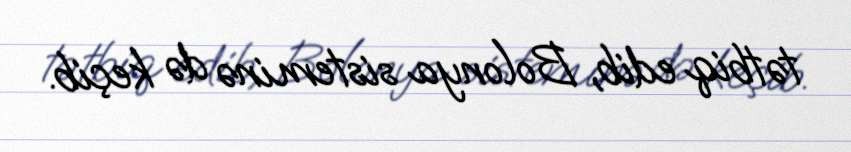
tətbiq edib, Bolonya sisteminə də keçib.